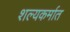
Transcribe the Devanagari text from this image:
शल्यकर्मात